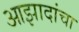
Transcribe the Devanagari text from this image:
आझादांचा